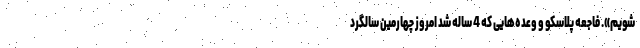
شویم». فاجعه پلاسکو و وعده‌هایی که 4 ساله شد امروز چهارمین سالگرد